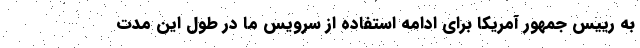
به رییس جمهور آمریکا برای ادامه استفاده از سرویس ما در طول این مدت